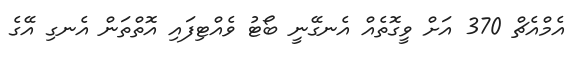
އެމްއެޗް 370 އަށް ވީގޮތެއް އެނގޭނީ ބޯޓު ވެއްޓިފައި އޮތްތަން އެނގި އޭގެ